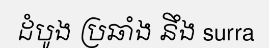
ដំបូង ប្រឆាំង នឹង surra